[Report on the health of British troops in the Madras command]
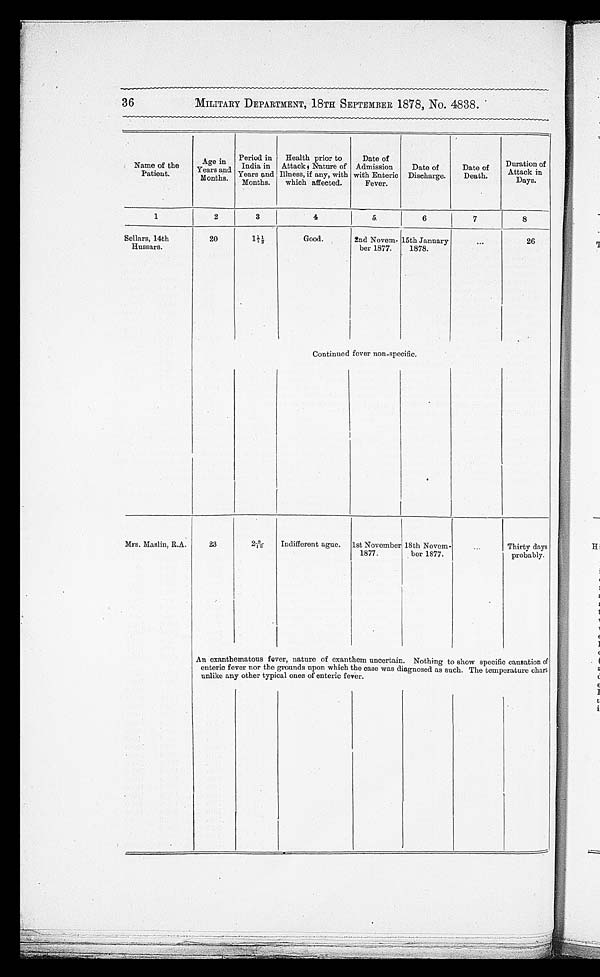
36
MILITARY DEPARTMENT, 18TH SEPTEMBER 1878, No. 4838.
Name of the
Patient.
Age in
Years and
Months.
Period in
India in
Years and
Months.
Health prior to
Attack Nature of
Illness, if any, with
which affected.
Date of
Admission
with Enteric
Fever.
Date of
Discharge.
Date of
Death.
Duration of
Attack in
Days.
1
2
3
4
5
6
7
8
Sellars, 14th
Hussars.
20
1 1/1 ½
Good.
2nd Novem
-ber 1877.
15th January
1878.
26
Continued fever non-specific.
Mrs. Maslin, R.A.
23
2 8/12
Indifferent ague.
1st November
1877.
18th Noverm-ber 1877
Thirty days probably.
A n e x a n t h e m a t o u s f e v e r , n a t u r e o f e x a n t h e m u n c e r t a i n . N o t h i n g t o s h o w s p e c i f i c c a u s a t i o n o f e n t e r i c f e v e r n o r t h e g r o u n d s u p o n w h i c h c a s e w a s d i a g n o s e d a s s u c h . T h e t e m p e r a t u r e c h a r t u n l i k r a n y o t h e r t u y p i c a l o n e s o f e n t e r i c f e r v e r .